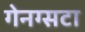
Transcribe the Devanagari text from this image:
गेनग्सटा